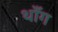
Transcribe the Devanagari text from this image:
थाँग